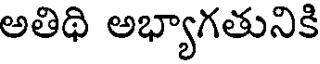
అతిథి అభ్యాగతునికి